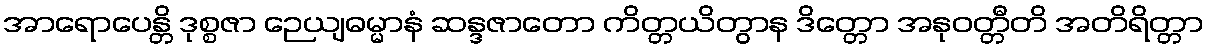
အာရောပေန္တိ ဒုစ္စဇာ ဉေယျဓမ္မာနံ ဆန္ဒဇာတော ကိတ္တယိတွာန ဒိတ္တော အနုဝတ္တီတိ အတိရိတ္တာ